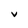
Character: v